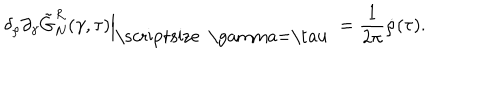
LaTeX: { \delta _ { \rho } } { \partial _ { \gamma } } { \tilde { G } _ { N } ^ { R } } ( \gamma , \tau ) { \Big | _ { \mathrm { \scriptsize ~ \ g a m m a = \ t a u ~ } } } = { \frac { 1 } { 2 \pi } } \dot { \rho } ( \tau ) .